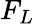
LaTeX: F_{L}